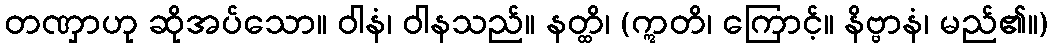
တဏှာဟု ဆိုအပ်သော။ ဝါနံ၊ ဝါနသည်။ နတ္ထိ၊ (ဣတိ၊ ကြောင့်။ နိဗ္ဗာနံ၊ မည်၏။)